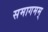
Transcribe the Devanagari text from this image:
समागमम्